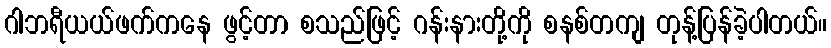
ဂါဘရီယယ်ဖက်ကနေ ဖွင့်တာ စသည်ဖြင့် ဂန်းနားတို့ကို စနစ်တကျ တုန့်ပြန်ခဲ့ပါတယ်။